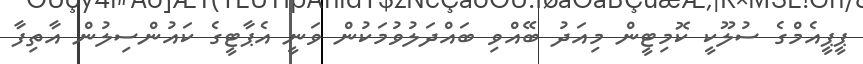
ޕީޕީއެމްގެ ސުލޫކީ ކޮމިޓީން މިއަދު ބޭއްވި ބައްދަލުވުމަކުން ވަނީ އެޕާޓީގެ ކައުންސިލުން އާތިފާ